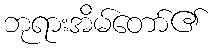
ဘုရားအိမ်တော်၏